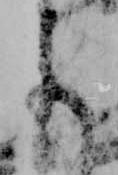
よ